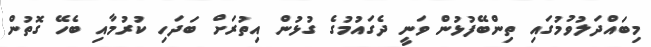
މިބައްދަލުވުމުގައި ތިންބޭފުޅުން ވަނީ ދެގައުމުގެ ގުޅުން އިތުރަށް ބަދަހި ކުރުމާއި ބެހޭ ގޮތުން